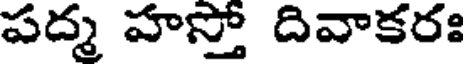
పద్మ హస్తో దివాకరః